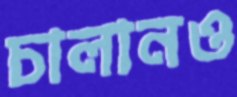
চালানও